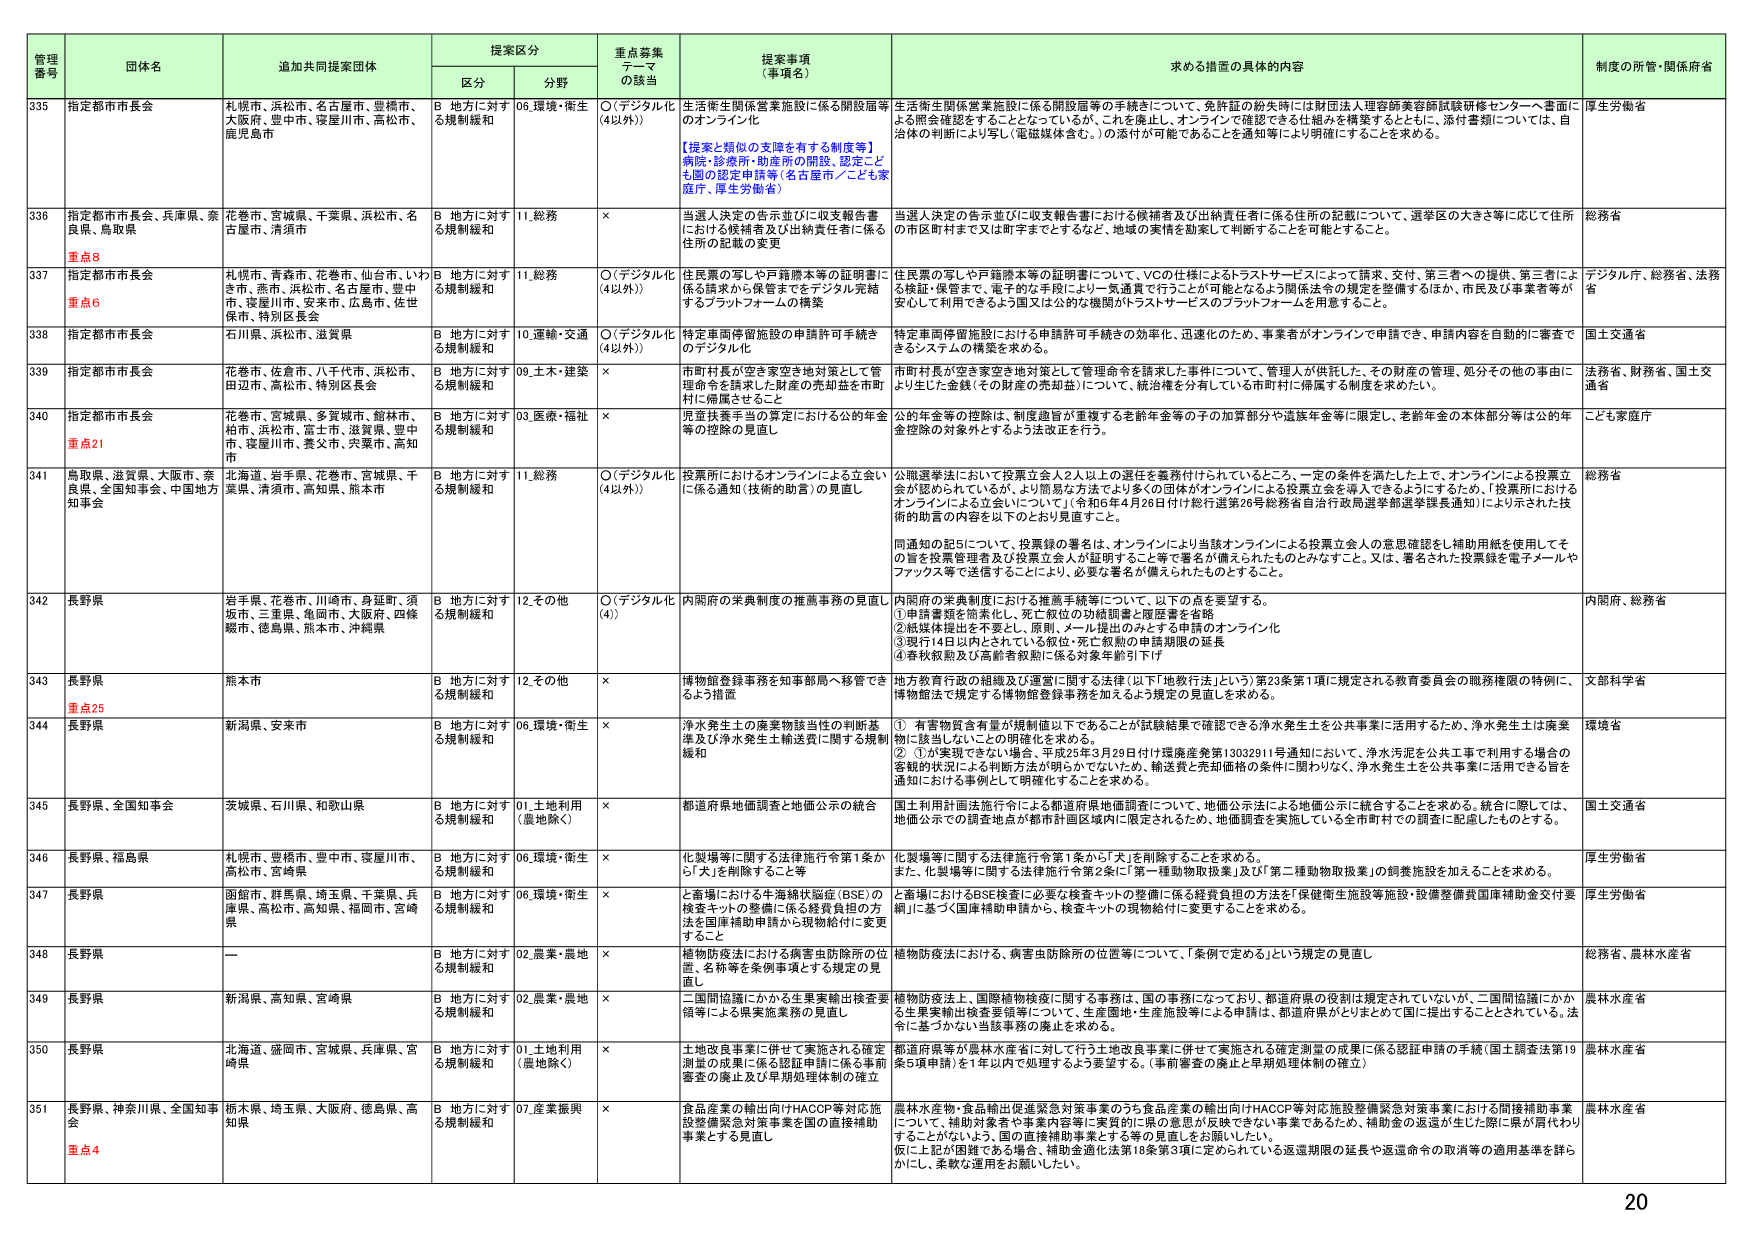
管理番号 団体名 追加共同提案団体 提案区分 重点募集テーマの該当 提案事項（事項名） 求める措置の具体的内容 制度の所管・関係省庁
区分 分野
335 指定都市市長会 札幌市、浜松市、名古屋市、豊橋市、大阪府、豊中市、寝屋川市、高松市、鹿児島市 B 地方に対する規制緩和 06.環境・衛生 O（「デジタル化（4以外）」） 生活衛生関係営業施設に係る開設届等のオンライン化 【提案と類似の支障を有する制度等】病院・診療所・助産所の開設、認定こども園の認定申請等（名古屋市／こども家庭庁、厚生労働省） 生活衛生関係営業施設に係る開設届等の手続きについて、免許証の紛失時には財団法人理容師美容師試験研修センターへ書面による照会確認をすることとなっているが、これを廃止し、オンラインで確認できる仕組みを構築するとともに、添付書類については、自治体の判断により写し（電磁媒体含む。）の添付が可能であることを通知等により明確にすることを求める。 厚生労働省
336 指定都市市長会、兵庫県、奈良県、鳥取県 花巻市、宮城県、千葉県、浜松市、名古屋市、清須市 B 地方に対する規制緩和 11.総務 × 当選人決定の告示並びに収支報告書における候補者及び出納責任者に係る住所の記載の変更 当選人決定の告示並びに収支報告書における候補者及び出納責任者に係る住所の記載について、選挙区の大きさ等に応じて住所の市区町村まで又は町字までとするなど、地域の実情を勘案して判断することを可能とすること。 総務省
重点8
337 指定都市市長会 札幌市、青森市、花巻市、仙台市、いわき市、燕市、浜松市、名古屋市、豊中市、寝屋川市、安来市、広島市、佐世保市、特別区長会 B 地方に対する規制緩和 11.総務 O（「デジタル化（4以外）」） 住民票の写しや戸籍謄本等の証明書に係る請求から保管までをデジタル化するプラットフォームの構築 住民票の写しや戸籍謄本等の証明書について、VCの仕様によるトラストサービスによって請求、交付、第三者への提供、第三者による検証・保管まで、電子的な手段により一気通貫で行うことが可能となるよう関係法令の規定を整備するほか、市民及び事業者等が安心して利用できるよう国又は公的の機関がトラストサービスのプラットフォームを用意すること。 デジタル庁、総務省、法務省
重点6
338 指定都市市長会 石川県、浜松市、滋賀県 B 地方に対する規制緩和 10.運輸・交通 O（「デジタル化（4以外）」） 特定車両停留施設の申請許可手続きのデジタル化 特定車両停留施設における申請許可手続きの効率化、迅速化のため、事業者がオンラインで申請でき、申請内容を自動的に審査できるシステムの構築を求める。 国土交通省
339 指定都市市長会 花巻市、佐倉市、八千代市、浜松市、田辺市、高松市、特別区長会 B 地方に対する規制緩和 09.土木・建築 × 市町村長が空き家空き地対策として管理命令を請求した財産の売却益を市町村に帰属させること 市町村長が空き家空き地対策として管理命令を請求した事件について、管理人が供託した、その財産の管理、処分その他の事由により生じた金銭（その財産の売却益）について、統治権を分有している市町村に帰属する制度を求めるたい。 法務省、財務省、国土交通省
340 指定都市市長会 花巻市、宮城県、多賀城市、館林市、柏市、浜松市、富士市、滋賀県、豊中市、寝屋川市、養父市、呉市、高知市 B 地方に対する規制緩和 03.医療・福祉 × 児童扶養手当の算定における公的年金等の控除の見直し 公的年金等の控除は、制度趣旨が重複する老齢年金等の子の加算部分や遺族年金等に限定し、老齢年金の本体部分等は公的年金控除の対象外とするよう法改正を行う。 こども家庭庁
重点21
341 鳥取県、滋賀県、大阪市、奈良県、全国知事会、中国地方知事会 北海道、岩手県、花巻市、宮城県、千葉県、清須市、高知県、熊本市 B 地方に対する規制緩和 11.総務 O（「デジタル化（4以外）」） 投票所におけるオンラインによる立会いに係る通知（技術的助言）の見直し 公職選挙法において投票立会人2人以上の選任を義務付けられているところ、一定の条件を満たした上で、オンラインによる投票立会が認められているが、より簡易な方法でより多くの団体がオンラインによる投票立会を導入できるようにするため、「投票所におけるオンラインによる立会いについて」（令和6年4月26日付け総行選第26号総務省自治行政局選挙課選挙課長通知）により示された技術的助言の内容を以下のとおり見直すこと。 同通知の記録について、投票録の署名は、オンラインにより当該オンラインによる投票立会人の意思確認をし補助用紙を使用してその旨を投票管理者及び投票立会人が証明すること等で署名が備えられたものとみなすこと。又は、署名された投票録を電子メールやファックス等で送信することにより、必要な署名が備えられたものとすること。 総務省
342 長野県 岩手県、花巻市、川崎市、身延町、須坂市、三重県、亀岡市、大阪府、四條畷市、徳島県、熊本市、沖縄県 B 地方に対する規制緩和 12.その他 O（「デジタル化（4）」） 内閣府の栄典制度の推薦事務の見直し 内閣府の栄典制度における推薦手続きについて、以下の点を要望する。 ①申請書類を簡素化し、死亡叙位の功績調査と履歴書を省略 ②紙媒体提出を不要とし、原則、メール提出のみとする申請のオンライン化 ③現行14日以内とされている叙位・死亡叙勲の申請期限の延長 ④春秋叙勲及び高齢者叙勲に係る対象年齢引下げ 内閣府、総務省
343 長野県 熊本市 B 地方に対する規制緩和 12.その他 × 植物園査診事務を知事部局へ移管できるよう措置 地方教育行政の組織及び運営に関する法律（以下「地教行法」という）第23条第1項に規定される教育委員会の職務権限の特例に、植物園法で規定する植物園査診事務を加えるよう規定の見直しを求める。 文部科学省
重点25
344 長野県 新潟県、安来市 B 地方に対する規制緩和 06.環境・衛生 × 浄水発生土の廃棄物該当性の判断基準及び浄水発生土輸送費に関する規制緩和 ① 有害物質含有量が規制値以下であることが試験結果で確認できる浄水発生土を公共事業に活用するため、浄水発生土は廃棄物に該当しないとの明確化を求める。 ② ①が実現できない場合、平成25年3月29日付け環境産発第13032911号通知において、浄水汚泥を公共工事で利用する場合の客観的状況による判断方法が明らかでないため、輸送費と売却価格の条件に関わりなく、浄水発生土を公共事業に活用できる旨を通知における事例として明確化することを求める。 環境省
345 長野県、全国知事会 茨城県、石川県、和歌山県 B 地方に対する規制緩和 01.土地利用（農地除く） × 都道府県地価調査と地価公示の統合 国土利用計画法施行令による都道府県地価調査について、地価公示法による地価公示に統合することを求める。統合に際しては、地価公示での調査地点が都府県計画区域内に限定されるため、地価調査を実施している全市町村での調査に配慮したものとする。 国土交通省
346 長野県、福島県 札幌市、豊橋市、豊中市、寝屋川市、高松市、宮崎県 B 地方に対する規制緩和 06.環境・衛生 × 化製場等に関する法律施行令第1条から「犬」を削除すること等 化製場等に関する法律施行令第1条から「犬」を削除することを求める。 また、化製場等に関する法律施行令第2条に「第一種動物取扱業」及び「第二種動物取扱業」の飼養施設を加えることを求める。 厚生労働省
347 長野県 釣館市、群馬県、埼玉県、千葉県、兵庫県、高松市、高知県、福岡市、宮崎県 B 地方に対する規制緩和 06.環境・衛生 × と畜場における牛海綿状脳症（BSE）の検査キットの整備に係る経費負担の方法を国庫補助申請から現物給付に変更すること と畜場におけるBSE検査に必要な検査キットの整備に係る経費負担の方法を「保健衛生施設等施設・設備整備費国庫補助金交付要綱」に基づく国庫補助申請から、検査キットの現物給付に変更することを求める。 厚生労働省
348 長野県 — B 地方に対する規制緩和 02.農業・農地 × 植物防疫法における病害虫防除所の位置、名称等を条例事項とする規定の見直し 植物防疫法における、病害虫防除所の位置等について、「条例で定める」という規定の見直し 総務省、農林水産省
349 長野県 新潟県、高知県、宮崎県 B 地方に対する規制緩和 02.農業・農地 × 二国間協議にかかる生果実輸出検査要領等による果実検査務の見直し 植物防疫法上、国際植物検疫に関する事務は、国の事務になっており、都道府県の役割は規定されていないが、二国間協議にかかる生果実輸出検査要領等について、生果園地・生産施設等による申請は、都道府県がとりまとめて国に提出することとされている。法令に基づかない当該事務の廃止を求める。 農林水産省
350 長野県 北海道、盛岡市、宮城県、兵庫県、宮崎県 B 地方に対する規制緩和 01.土地利用（農地除く） × 土地改良事業に併せて実施される確定測量の成果に係る認証申請に係る事前審査の廃止及び早期処理体制の確立 都道府県等が農林水産省に対して行う土地改良事業に併せて実施される確定測量の成果に係る認証申請の手続（国土調査法第19条5項申請）を1年以内で処理するよう要望する。（事前審査の廃止と早期処理体制の確立） 農林水産省
351 長野県、神奈川県、全国知事会 栃木県、埼玉県、大阪府、徳島県、高知県 B 地方に対する規制緩和 07.産業振興 × 食品産業の輸出向けHACCP等対応施設整備緊急対策事業を国の直接補助事業とする見直し 農林水産物・食品輸出促進緊急対策事業のうち食品産業の輸出向けHACCP等対応施設整備緊急対策事業における間接補助事業について、補助対象者や事業内容等に実質的に県の意思が反映できない事業であるため、補助金の返還が生じた際に県が肩代わりすることがないよう、国の直接補助事業とする等の見直しをお願いしたい。 仮に上記が困難である場合、補助金適化法第18条第3項に定められている返還期限の延長や返還命令の取消等の適用基準を詳しく、柔軟な運用をお願いしたい。 農林水産省
重点4
20